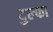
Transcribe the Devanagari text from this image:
दुल्‍फा